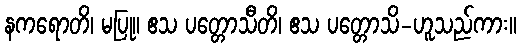
နကရောတိ၊ မပြု။ ဧသ ပတ္တောသီတိ၊ ဧသ ပတ္တောသိ-ဟူသည်ကား။